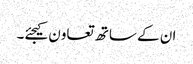
ان کے ساتھ تعاون کیجئے۔